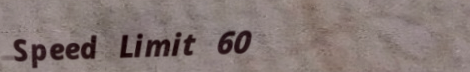
Speed Limit 60